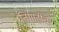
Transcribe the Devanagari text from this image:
तिमाहीचा